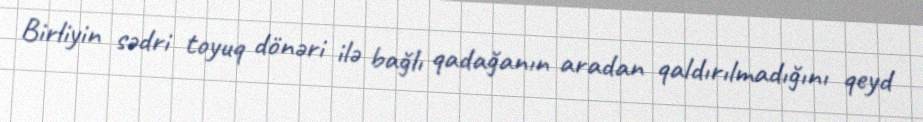
Birliyin sədri toyuq dönəri ilə bağlı qadağanın aradan qaldırılmadığını qeyd